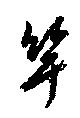
竿